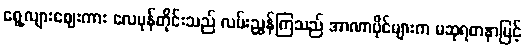
ရွေ့လျားဈေးကား လေမုန်တိုင်းသည် လမ်းညွှန်ကြသည် အာဏာပိုင်များက မဆုရတနာမြင့်